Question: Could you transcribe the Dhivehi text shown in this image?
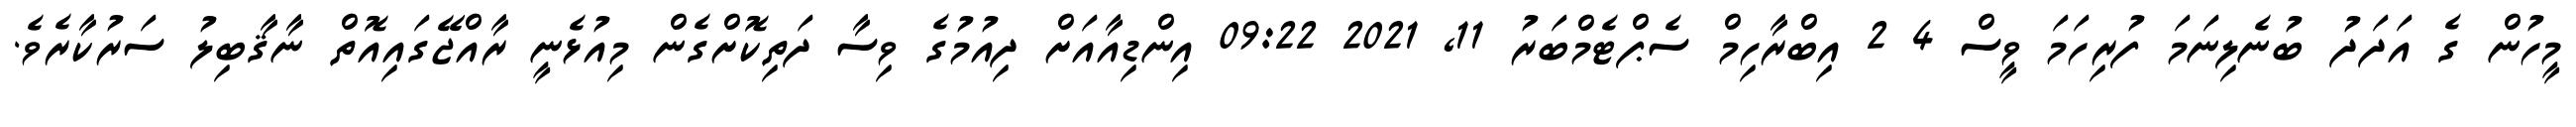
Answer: މީހުން ގެ އަދަދު ބުނެލިނަމަ ފުރިހަމަ ވީސް 4 2 އިބްރާހިމް ސެޕްޓެމްބަރު 11, 2021 09:22 އިންޑިއާއަށް ދިއުމުގެ ވިސާ ދަތިކޮށްގެން މިއުޅެނީ ރާއްޖޭގައިއޮތް ނާޤާބިލު ސަރުކާރެވެ.